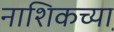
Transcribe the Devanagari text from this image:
नाशिकच्या़